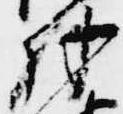
羽